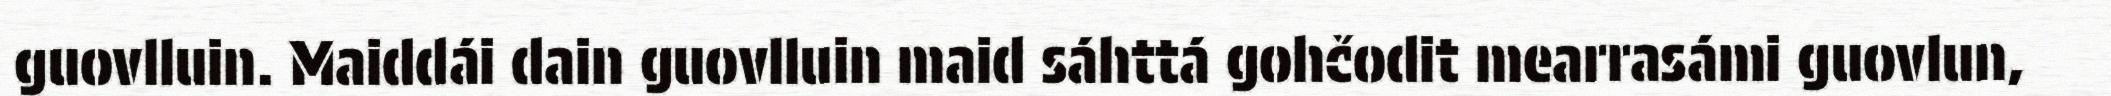
guovlluin. Maiddái dain guovlluin maid sáhttá gohčodit mearrasámi guovlun,